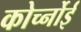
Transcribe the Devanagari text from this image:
कोर्च्नोई